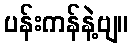
ပန်းကန်နဲ့ဗျ။